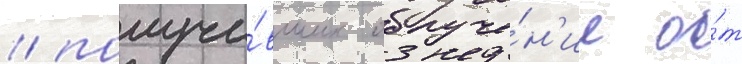
/ получи́вших облуче́н'ие о́т